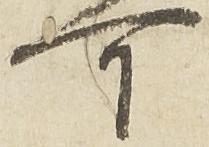
可